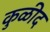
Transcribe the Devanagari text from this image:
कुळीद